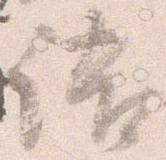
語